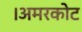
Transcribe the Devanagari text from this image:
।अमरकोट